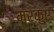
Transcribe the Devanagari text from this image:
मर्कुए